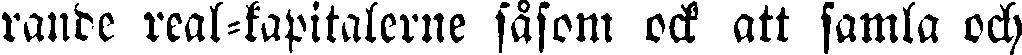
rande real-kapitalerne såsom ock att samla och